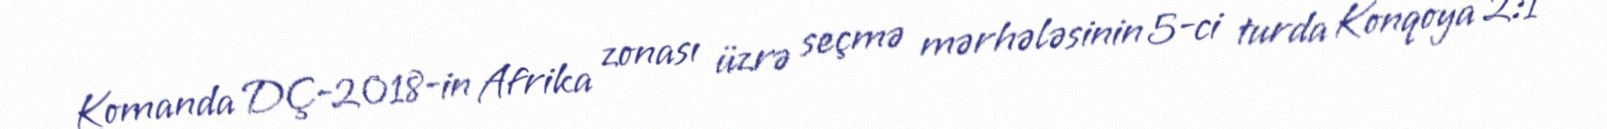
Komanda DÇ-2018-in Afrika zonası üzrə seçmə mərhələsinin 5-ci turda Konqoya 2:1